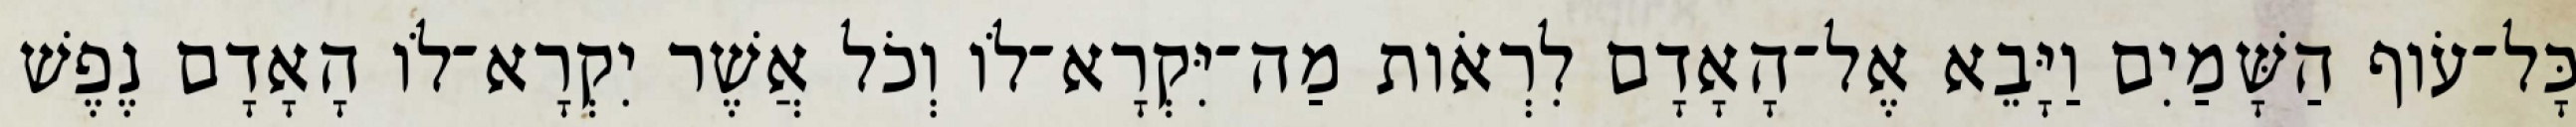
כָּל־עֹוף הַשָּׁמַיִם וַיָּבֵא אֶל־הָאָדָם לִרְאֹות מַה־יִּקְרָא־לֹו וְכֹל אֲשֶׁר יִקְרָא־לֹו הָאָדָם נֶפֶשׁ